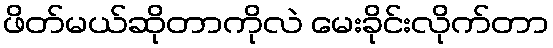
ဖိတ်မယ်ဆိုတာကိုလဲ မေးခိုင်းလိုက်တာ